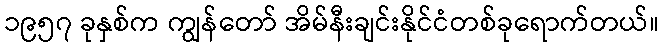
၁၉၅၇ ခုနှစ်က ကျွန်တော် အိမ်နီးချင်းနိုင်ငံတစ်ခုရောက်တယ်။